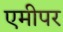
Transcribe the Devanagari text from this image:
एमीपर